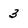
Character: 3